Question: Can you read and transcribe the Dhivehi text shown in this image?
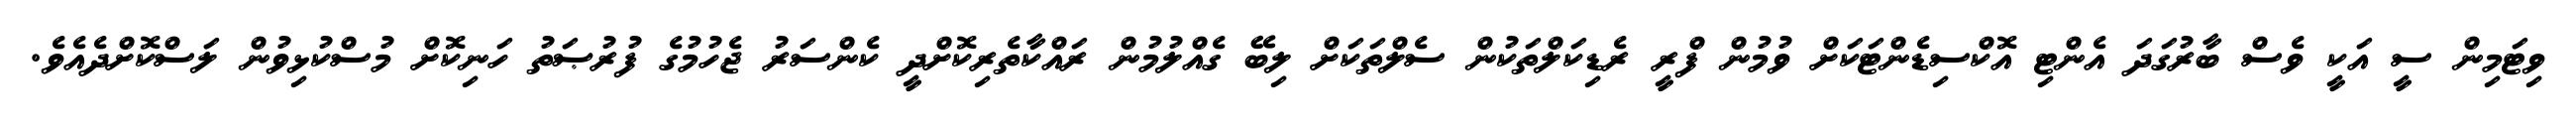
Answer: ވިޓަމިން ސީ އަކީ ވެސް ބާރުގަދަ އެންޓި އޮކްސިޑެންޓަކަށް ވުމުން ފްރީ ރެޑިކަލްތަކުން ސެލްތަކަށް ލިބޭ ގެއްލުމުން ރައްކާތެރިކޮށްދީ ކެންސަރު ޖެހުމުގެ ފުރުޞަތު ހަނިކޮށް މުސްކުޅިވުން ލަސްކޮށްދެއެވެ.